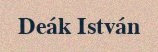
Deák István